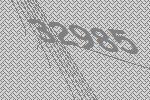
32985